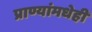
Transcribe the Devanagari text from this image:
प्राण्यांमधेही